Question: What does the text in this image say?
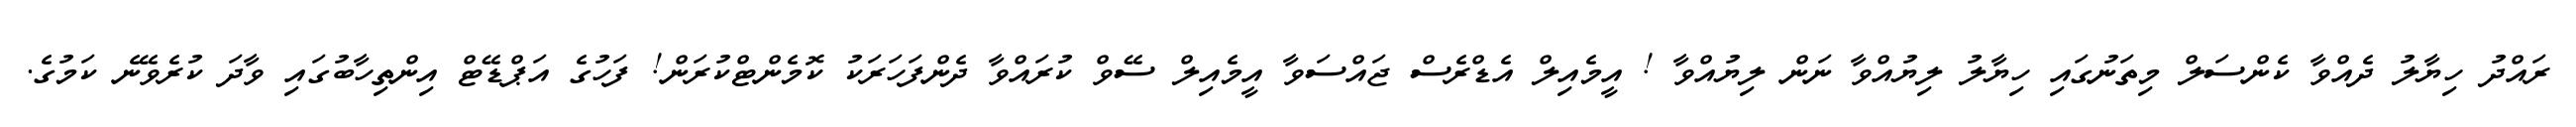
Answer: ރައްދު ހިޔާލު ދެއްވާ ކެންސަލް މިތަނުގައި ހިޔާލު ލިޔުއްވާ ނަން ލިޔުއްވާ ! އީމެއިލް އެޑްރެސް ޖައްސަވާ އީމެއިލް ސޭވް ކުރައްވާ ދެންފަހަރަކު ކޮމެންޓްކުރަން! ފަހުގެ އަޕްޑޭޓް އިންތިހާބުގައި ވާދަ ކުރެވޭނެ ކަމުގެ.